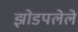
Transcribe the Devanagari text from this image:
झोडपलेले